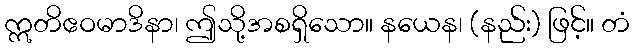
ဣတိဧဝမာဒိနာ၊ ဤသို့အစရှိသော။ နယေန၊ (နည်း) ဖြင့်။ တံ